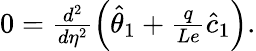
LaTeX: \begin{array}{r}{0=\frac{d^{2}}{d\eta^{2}}\left(\hat{\theta}_{1}+\frac{q}{Le}\hat{c}_{1}\right).}\end{array}